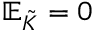
\mathbb { E } _ { \tilde { K } } = 0